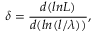
\delta = \frac { d ( l n L ) } { d ( l n ( l / \lambda ) ) } ,